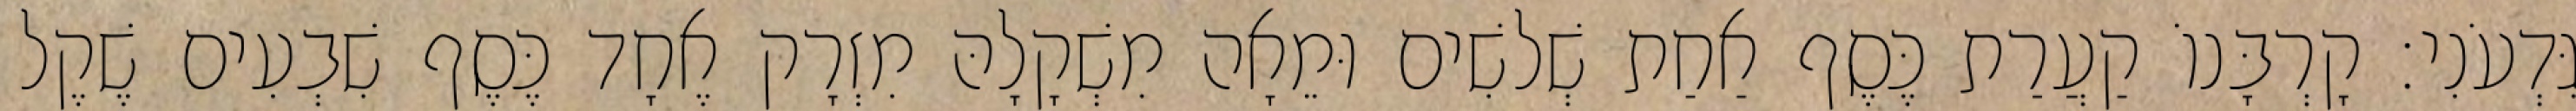
גִּדְעֹנִי׃ קָרְבָּנוֹ קַעֲרַת כֶּסֶף אַחַת שְׁלשִׁים וּמֵאָה מִשְׁקָלָהּ מִזְרָק אֶחָד כֶּסֶף שִׁבְעִים שֶׁקֶל